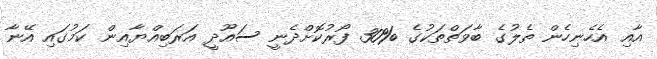
އާއި އެހެނިހެން ތެލުގެ ބާވަތްތަކުގެ %30 ފޯރުކޮށްދެނީ ސައޫދީ އަރަބިއްޔާއިން ކަމުގައި އޭނާ